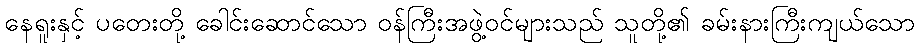
နေရူးနှင့် ပတေးတို့ ခေါင်းဆောင်သော ဝန်ကြီးအဖွဲ့ဝင်များသည် သူတို့၏ ခမ်းနားကြီးကျယ်သော